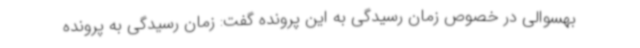
بهسوالی در خصوص زمان رسیدگی به این پرونده گفت: زمان رسیدگی به پرونده